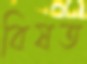
বিষত